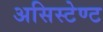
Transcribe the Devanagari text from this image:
असिस्टेण्ट